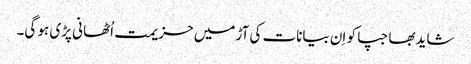
شایدبھاجپا کو اِن بیانات کی آڑ میں حزیمت اُٹھانی پڑی ہو گی۔